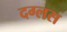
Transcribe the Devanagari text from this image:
दग्लस